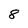
Character: 8